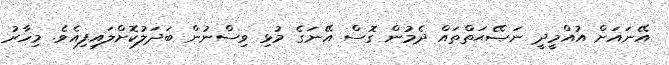
އޭނައަށް އުއްމީދީ ނަޞޭޙަތްތައް ދެމުން ގޮސް އޭނަގެ މުޅި ވިސްނުން ބަދަލުކޮށްލައިފިއެވެ. މިހާރު